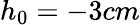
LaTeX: h_{0}=-3cm